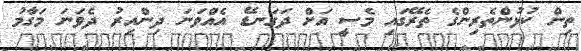
ތިން ކުޅުންތެރިންގެ ތެރޭގައި މެސީ އަށް ދަގަނޑޭ އެއްވަނަ ދިންއިރު ދެވަނަ މަގާމު